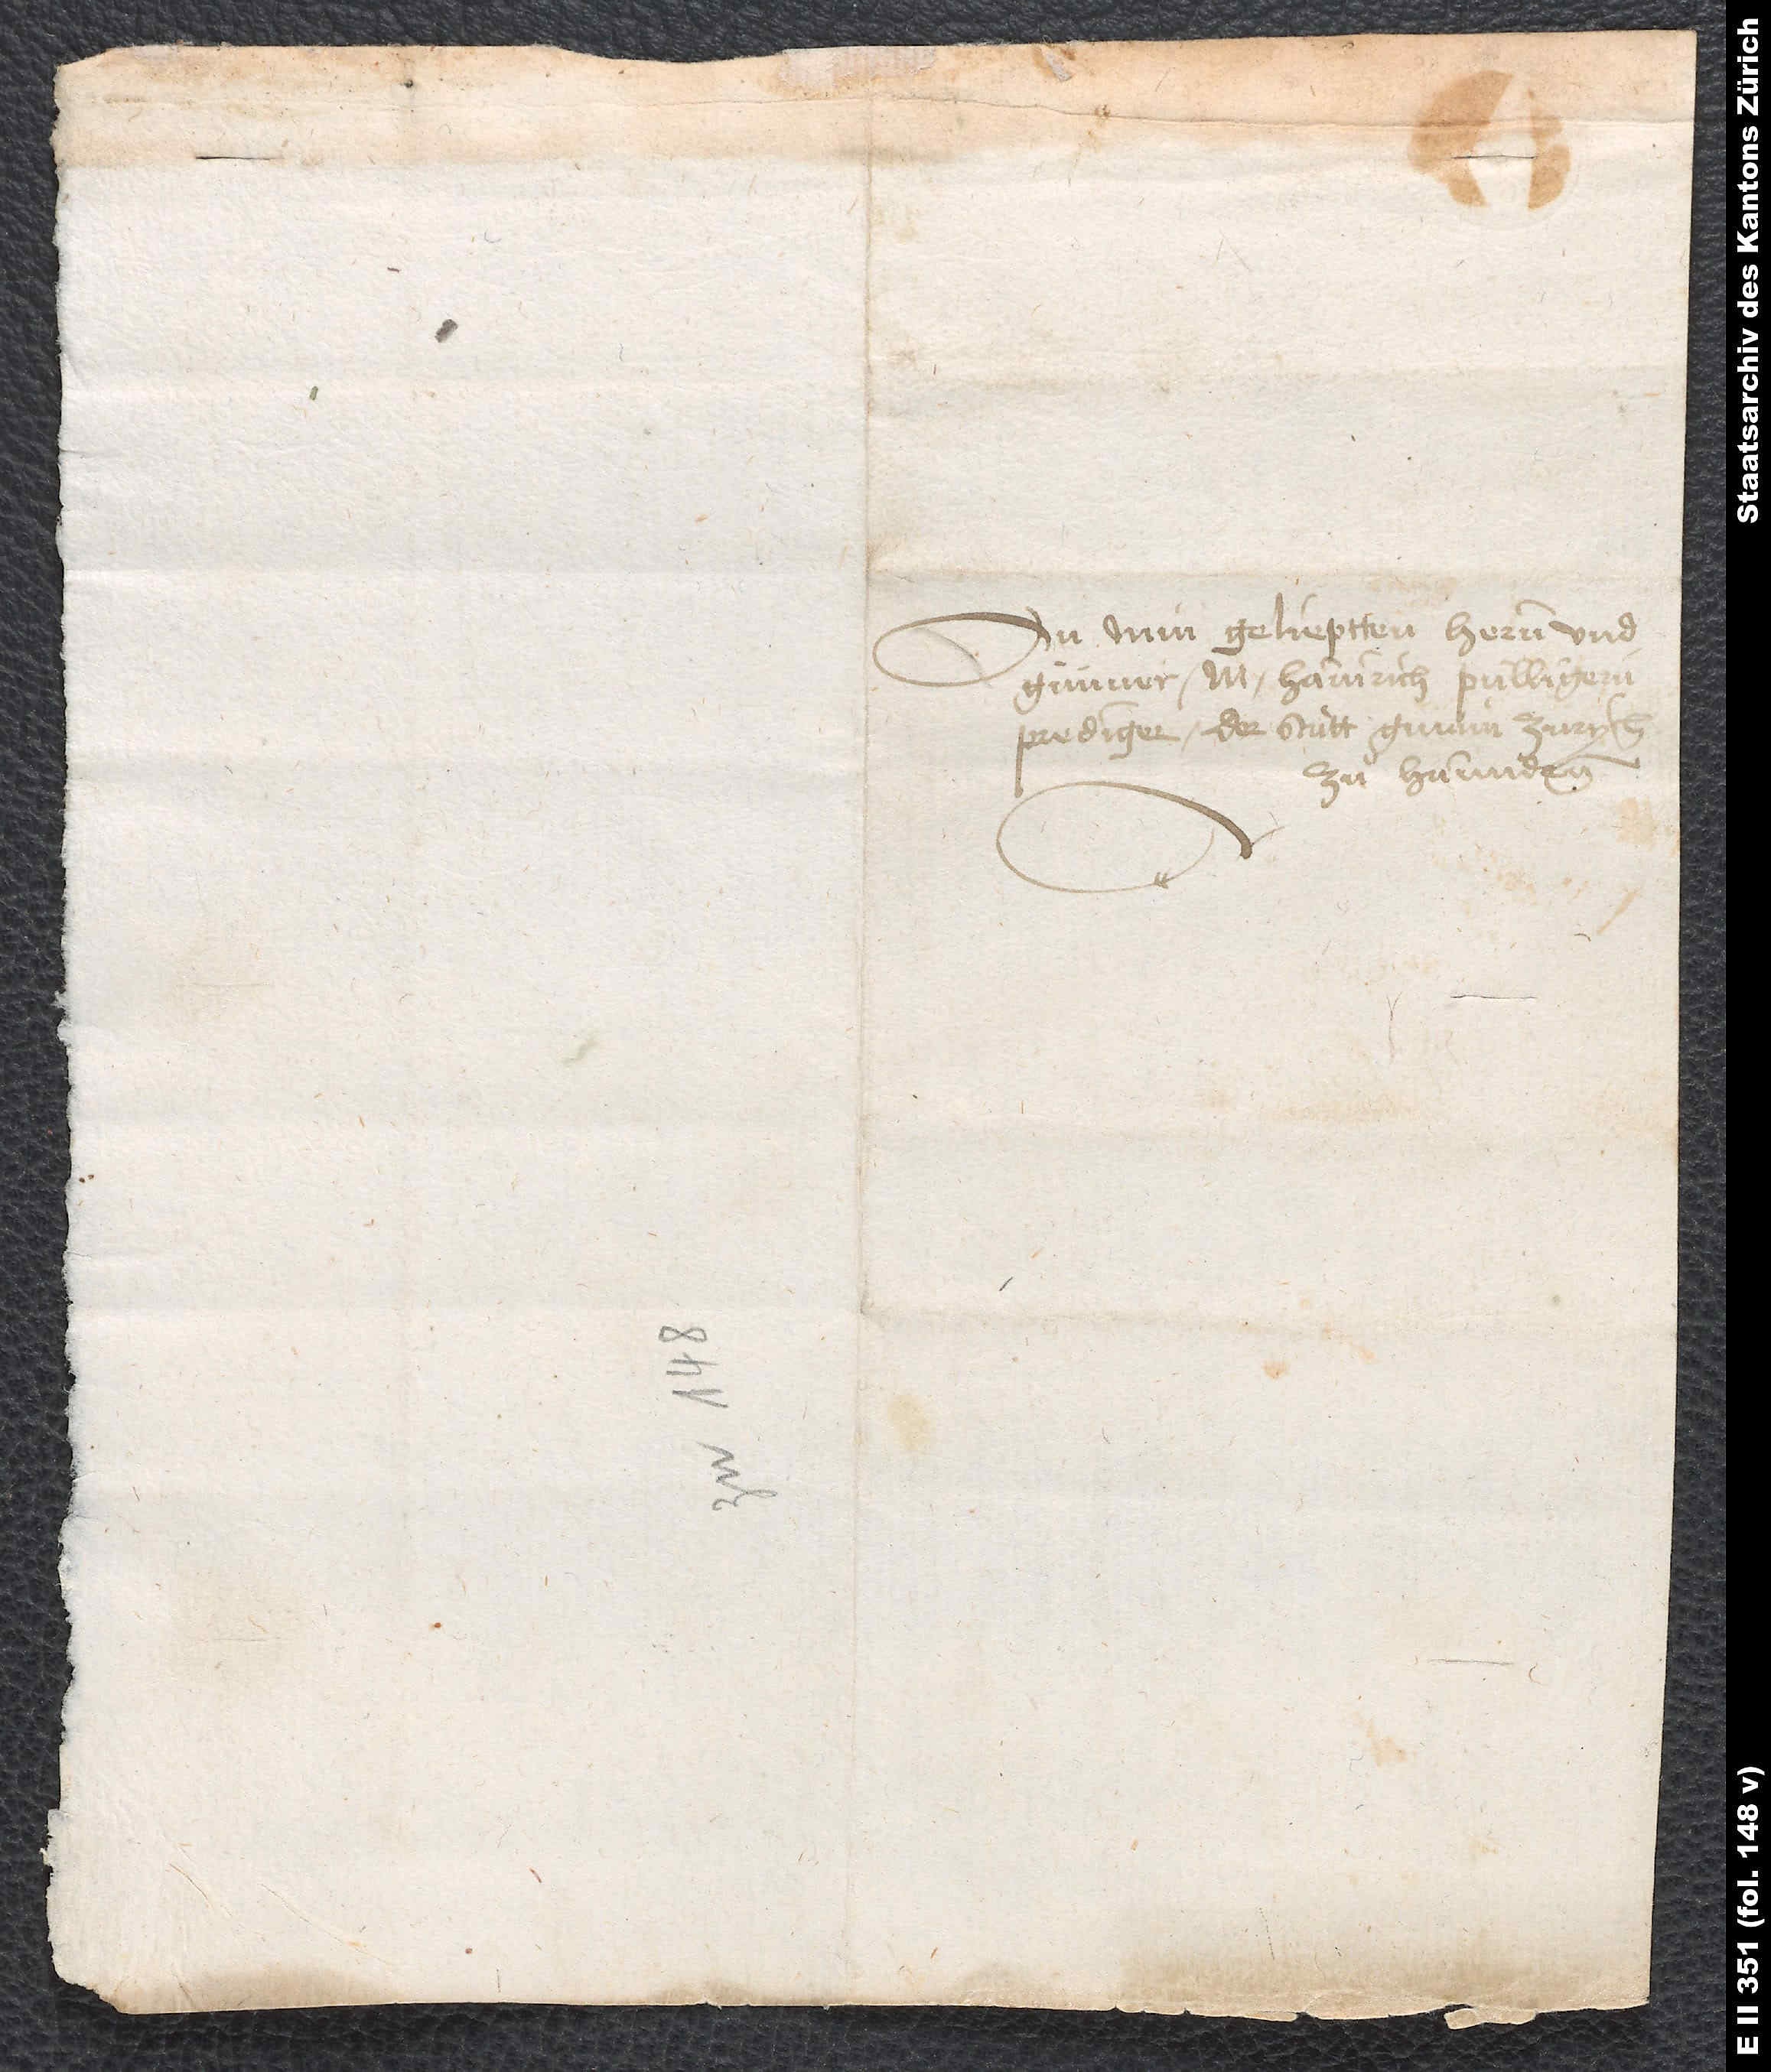
An min gelieptten hernn und
günner M. Hainrich Pullingern,
prediger der statt gmain Zurych,
zuͦ hannden.